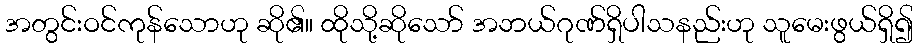
အတွင်းဝင်ကုန်သောဟု ဆို၏။ ထိုသို့ဆိုသော် အဘယ်ဂုဏ်ရှိပါသနည်းဟု သူမေးဖွယ်ရှိ၍